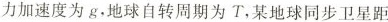
力加速度为g，地球自转周期为T，某地球同步卫星距